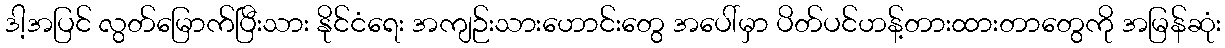
ဒါ့အပြင် လွတ်မြောက်ပြီးသား နိုင်ငံရေး အကျဉ်းသားဟောင်းတွေ အပေါ်မှာ ပိတ်ပင်ဟန့်တားထားတာတွေကို အမြန်ဆုံး